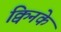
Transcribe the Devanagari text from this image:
क्विनके